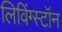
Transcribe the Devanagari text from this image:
लिविंग्स्टॉन